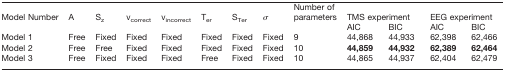
| Model Number | A | Sz | vcorrect | vincorrect | Ter | STer | σ | Number of parameters | <COLSPAN=2> TMS experiment | <COLSPAN=2> EEG experiment |
 |  |  |  |  |  |  |  |  |  | AIC | BIC | AIC | BIC |
 | --- | --- | --- | --- | --- | --- | --- | --- | --- | --- | --- | --- | --- |
 | Model 1 | Free | Fixed | Fixed | Fixed | Fixed | Fixed | Fixed | 9 | 44,868 | 44,933 | 62,398 | 62,466 |
 | Model 2 | Free | Free | Fixed | Fixed | Fixed | Fixed | Fixed | 10 | 44,859 | 44,932 | 62,389 | 62,464 |
 | Model 3 | Free | Fixed | Fixed | Fixed | Free | Fixed | Fixed | 10 | 44,865 | 44,937 | 62,404 | 62,479 |